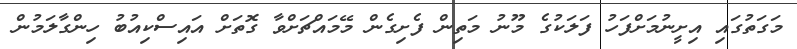
މަގަތުގައި އިށީނުމަށްފަހު ފަލަކުގެ މޫނު މަތިން ފެށިގެން މޭމައްޗަށްވާ ގޮތަށް އައިސްކިއުބު ހިންގާލަމުން